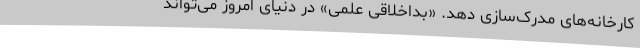
کارخانه‌های مدرک‌سازی دهد. «بداخلاقی علمی» در دنیای امروز می‌تواند